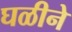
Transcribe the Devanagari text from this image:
घळीने